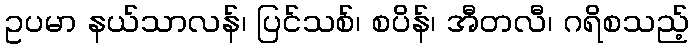
ဥပမာ နယ်သာလန်၊ ပြင်သစ်၊ စပိန်၊ အီတလီ၊ ဂရိစသည့်